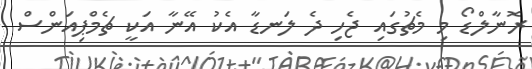
ރޮނާލްޑޯ މި މެޗުގައި ޖެހި ދެ ލަނޑާ އެކު އޭނާ އަކީ ޗެމްޕިއަންސް